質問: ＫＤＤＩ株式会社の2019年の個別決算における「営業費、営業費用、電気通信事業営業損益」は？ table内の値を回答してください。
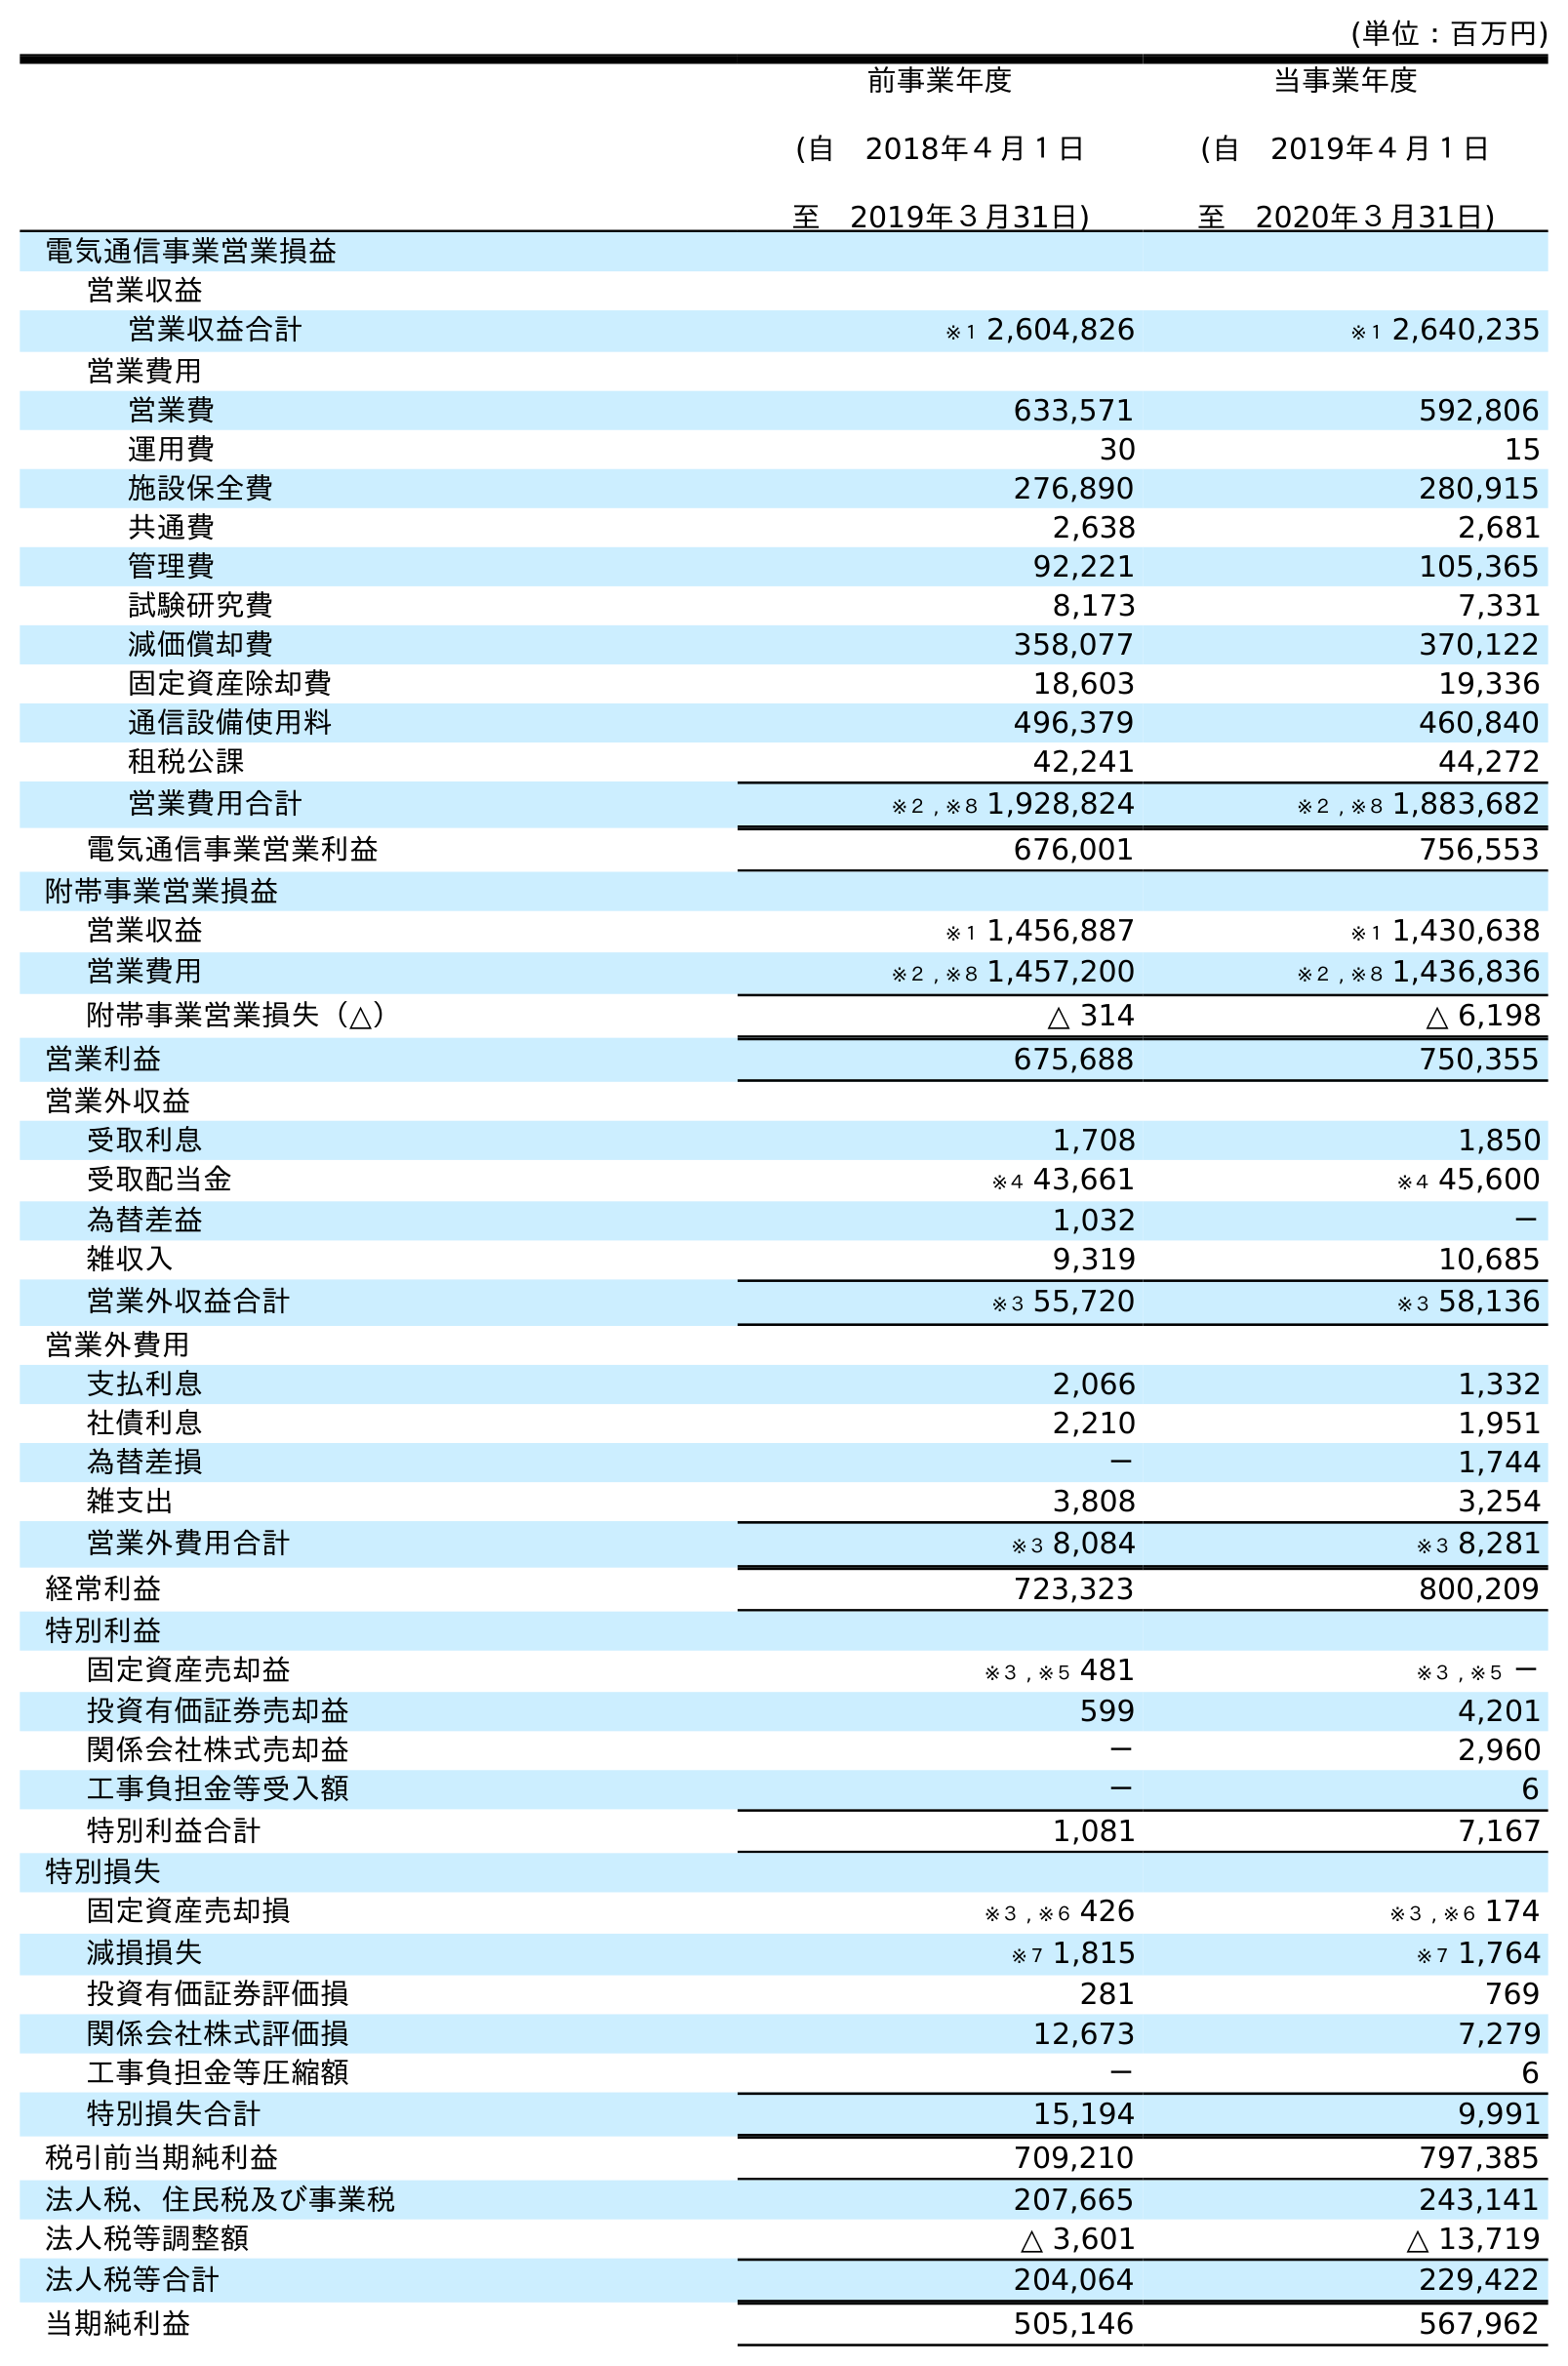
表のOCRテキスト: (単位：百万円) 前事業年度 (自 2018年４月１日 至 2019年３月31日) 当事業年度 (自 2019年４月１日 至 2020年３月31日) 電気通信事業営業損益 営業収益 営業収益合計 ※１ 2,604,826 ※１ 2,640,235 営業費用 営業費 633,571 592,806 運用費 30 15 施設保全費 276,890 280,915 共通費 2,638 2,681 管理費 92,221 105,365 試験研究費 8,173 7,331 減価償却費 358,077 370,122 固定資産除却費 18,603 19,336 通信設備使用料 496,379 460,840 租税公課 42,241 44,272 営業費用合計 ※２ , ※８ 1,928,824 ※２ , ※８ 1,883,682 電気通信事業営業利益 676,001 756,553 附帯事業営業損益 営業収益 ※１ 1,456,887 ※１ 1,430,638 営業費用 ※２ , ※８ 1,457,200 ※２ , ※８ 1,436,836 附帯事業営業損失（△） △ 314 △ 6,198 営業利益 675,688 750,355 営業外収益 受取利息 1,708 1,850 受取配当金 ※４ 43,661 ※４ 45,600 為替差益 1,032 － 雑収入 9,319 10,685 営業外収益合計 ※３ 55,720 ※３ 58,136 営業外費用 支払利息 2,066 1,332 社債利息 2,210 1,951 為替差損 － 1,744 雑支出 3,808 3,254 営業外費用合計 ※３ 8,084 ※３ 8,281 経常利益 723,323 800,209 特別利益 固定資産売却益 ※３ , ※５ 481 ※３ , ※５ － 投資有価証券売却益 599 4,201 関係会社株式売却益 － 2,960 工事負担金等受入額 － 6 特別利益合計 1,081 7,167 特別損失 固定資産売却損 ※３ , ※６ 426 ※３ , ※６ 174 減損損失 ※７ 1,815 ※７ 1,764 投資有価証券評価損 281 769 関係会社株式評価損 12,673 7,279 工事負担金等圧縮額 － 6 特別損失合計 15,194 9,991 税引前当期純利益 709,210 797,385 法人税、住民税及び事業税 207,665 243,141 法人税等調整額 △ 3,601 △ 13,719 法人税等合計 204,064 229,422 当期純利益 505,146 567,962
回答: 633,571